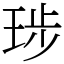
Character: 㻉